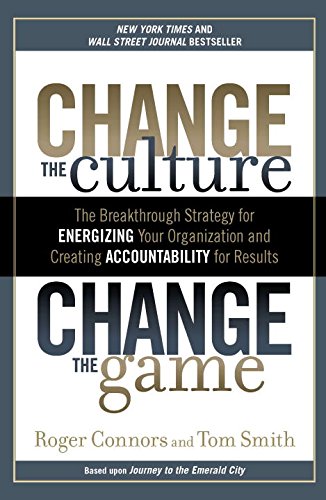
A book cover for Change the Culture, Change the Game: The Breakthrough Strategy for Energizing Your Organization and Creating Accounta bility for Results; Roger Connors; Business & Money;